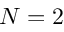
N = 2